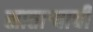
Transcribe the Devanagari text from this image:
सातार्‍याची